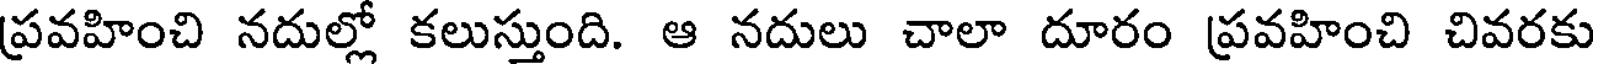
ప్రవహించి నదుల్లో కలుస్తుంది. ఆ నదులు చాలా దూరం ప్రవహించి చివరకు